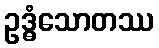
ဥဒ္ဓံသောတဿ